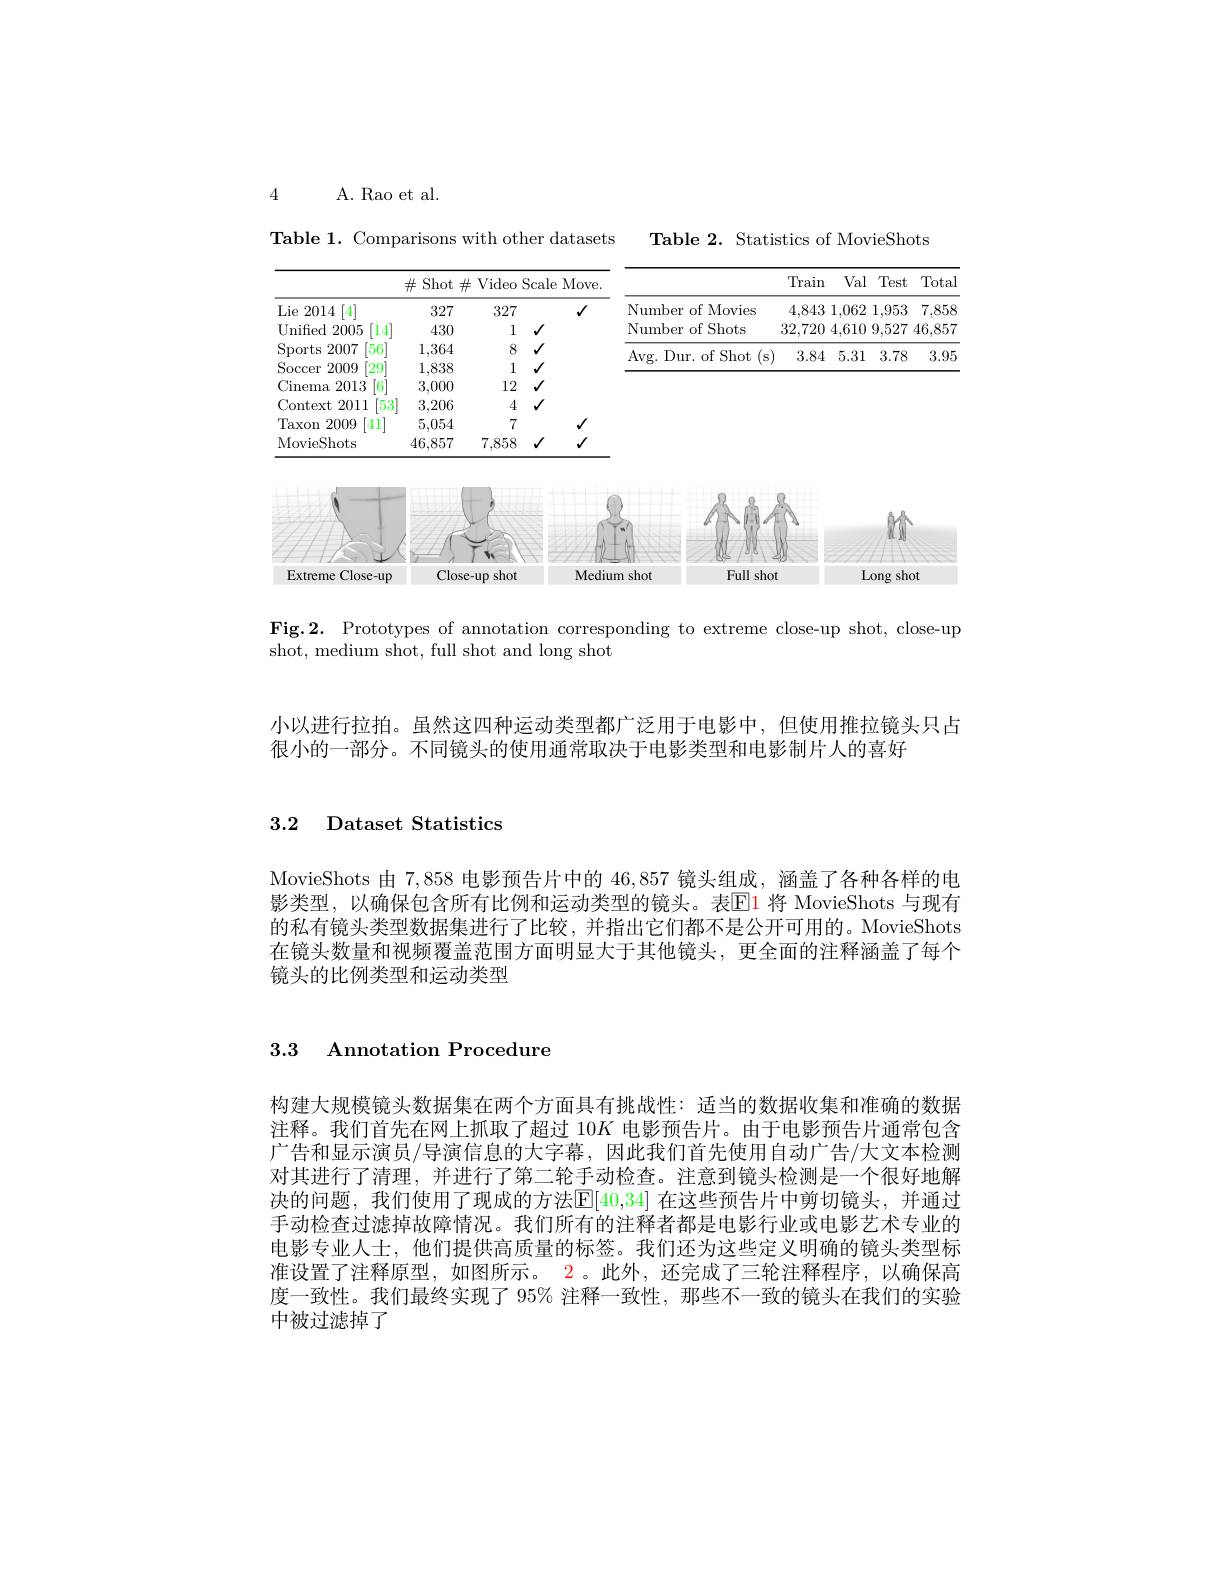
4

A. Rao et al.

Table 2. Statistics of MovieShots

Table 1. Comparisons with other datasets
<FigureHere>

Fig.2. Prototypes of annotation corresponding to extreme close-up shot, close-up
shot, medium shot, full shot and long shot

小以进行拉拍。虽然这四种运动类型都广泛用于电影中，但使用推拉镜头只占
很小的一部分。不同镜头的使用通常取决于电影类型和电影制片人的喜好

## 3.2 Dataset Statistics

MovieShots 由7，858电影预告片中的 46,857 镜头组成，涵盖了各种各样的电影类型，以确保包含所有比例和运动类型的镜头。表El1 将 MovieShots 与现有的私有镜头类型数据集进行了比较，并指出它们都不是公开可用的。MovieShots 在镜头数量和视频覆盖范围方面明显大于其他镜头，更全面的注释涵盖了每个镜头的比例类型和运动类型

3.3 Annotation Procedure

构建大规模镜头数据集在两个方面具有挑战性：适当的数据收集和准确的数据注释。我们首先在网上抓取了超过 10$K$电影预告片。由于电影预告片通常包含广告和显示演员/导演信息的大字幕，因此我们首先使用自动广告/大文本检测对其进行了清理，并进行了第二轮手动检查。注意到镜头检测是一个很好地解决的问题，我们使用了现成的方法$\boxed{\mathrm{E}}[40,34]$ 在这些预告片中剪切镜头，并通过手动检查过滤掉故障情况。我们所有的注释者都是电影行业或电影艺术专业的电影专业人士，他们提供高质量的标签。我们还为这些定义明确的镜头类型标准设置了注释原型，如图所示。$\color{red}{2}$。此外，还完成了三轮注释程序，以确保高度一致性。我们最终实现了 95% 注释一致性，那些不一致的镜头在我们的实验中被过滤掉了